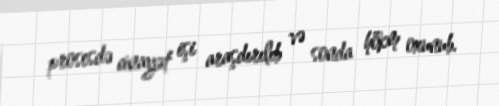
prosesdə cinayət işi araşdırılıb və sonda hökm oxunub.